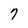
Character: 7